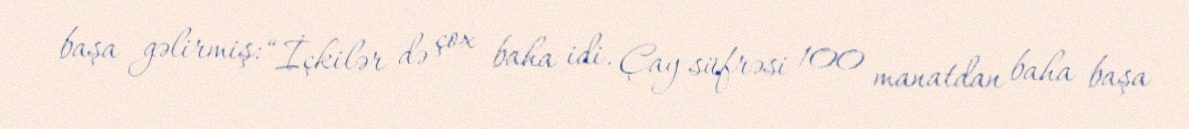
başa gəlirmiş: “İçkilər də çox baha idi. Çay süfrəsi 100 manatdan baha başa